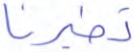
تطيرنا